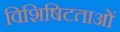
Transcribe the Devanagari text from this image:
विशिषिटताओं